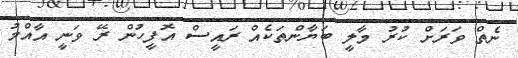
ނެތް ވަރަށް ކުރު މާލީ ބަޔާންތަކެއް ރައީސް އޮފީހުން ރޭ ވަނީ އާއްމު